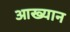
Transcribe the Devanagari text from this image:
आख्‍यान